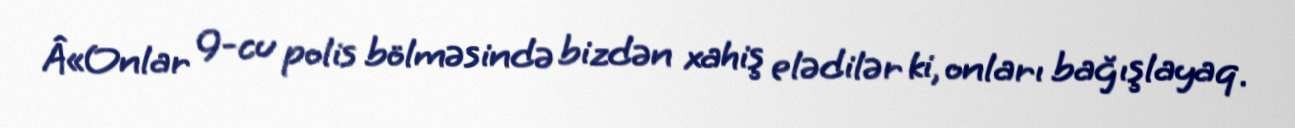
Â«Onlar 9-cu polis bölməsində bizdən xahiş elədilər ki, onları bağışlayaq.